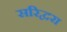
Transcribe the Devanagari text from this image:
सरिद्वरा